Sanitation, dispensaries and jails vaccination Rajputana 1922-1927 - 1922-1927
Year: 1922
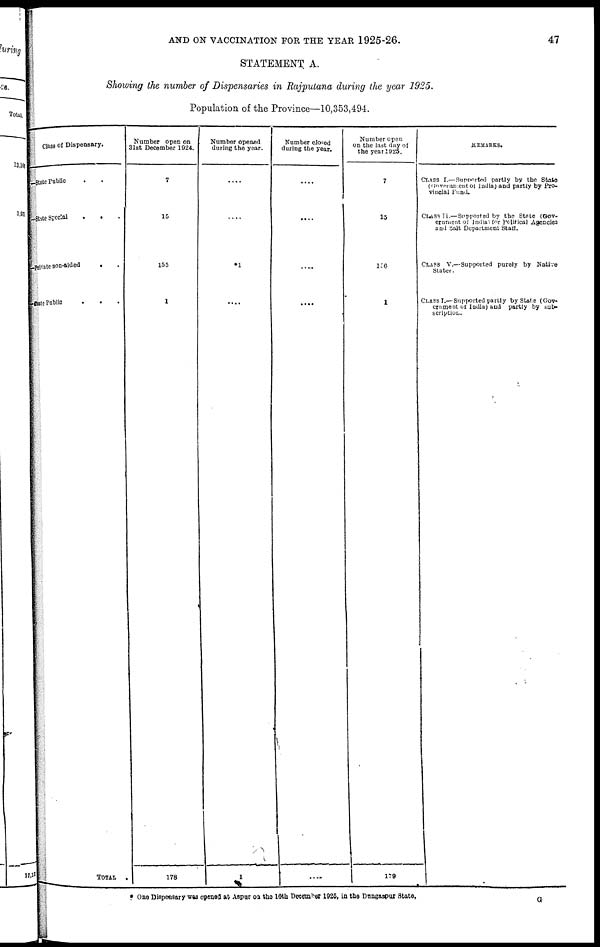
AND ON VACCINATION FOR THE YEAR 1925-26.
47
STATEMENT A.
Showing the number of Dispensaries in Rajputana during the year 1925.
Population of the Province—10,353,494.
Class of Dispensary.
—State Public . .
—State Special
.
. .
—Private non-aided
. .
—State Public . . .
TOTAL
.
Number open on
31st December 1024.
7
15
155
1
178
Number opened
during the year.
....
....
*1
....
1
Number closed
during the year.
....
....
....
....
Number open
on the last day of
the year 1925.
7
15
156
1
REMARKS.
CLASS I.—Supported partly by the State
(Government of India) and partly by Pro-
vincial Fund.
CLASS II.—Supported by the State (Gov-
ernment of India) for Political Agencies
and Salt Department Staff.
CLASS V.—Supported purely by Native
States.
CLASS I.—Supported partly by Stale (Gov-
ernment of India) and partly by sub-
scription.
179
* One Dispensary was opened at Aspur on the 16th December 1925, in the Dungarpur State.
G